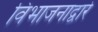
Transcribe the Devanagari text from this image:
विभाजनाद्वारे